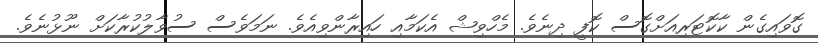
ގޮވައިގެން ކާކޮޓަރިއަށްގޮސް ކޮފީ ދިނެވެ. މެހްވިޝް އެކަމާއި ހައިރާންވިއެވެ. ނަމަވެސް ސުވާލުކުރާކަށް ނޫޅުނެވެ.